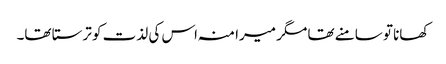
کھانا تو سامنے تھا مگر میرا منہ اس کی لذت کو ترستا تھا۔